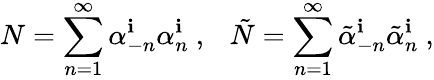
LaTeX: N=\sum_{n=1}^{\infty}\alpha_{-n}^{\mathbf{i}}\alpha_{n}^{\mathbf{i}}~,~~~\tilde{{N}}=\sum_{n=1}^{\infty}\tilde{{\alpha}}_{-n}^{\mathbf{i}}\tilde{{\alpha}}_{n}^{\mathbf{i}}\ ,